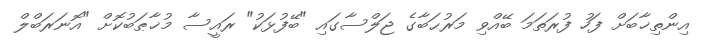
އިންތިޚާބަށް ފަހު ފުރަތަމަ ބޭއްވި މަރުޙަބާގެ ޖަލްސާގައި "ބޭފުޅަކު" ރައީސާ މުޚާޠަބުކޮށް "އޮނަރަބްލް